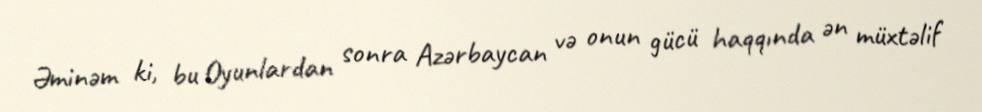
Əminəm ki, bu Oyunlardan sonra Azərbaycan və onun gücü haqqında ən müxtəlif